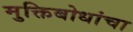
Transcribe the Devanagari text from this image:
मुक्तिबोधांचा